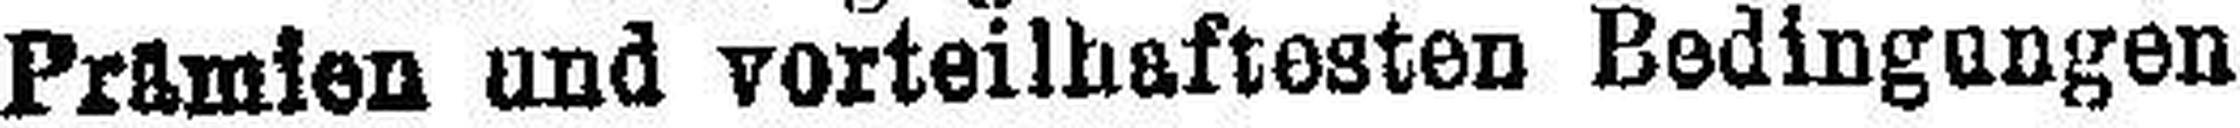
Prämien und vorteilhaftesten Bedingungen